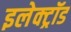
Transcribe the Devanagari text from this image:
इलेक्ट्रॉड